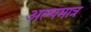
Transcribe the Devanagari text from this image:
अल्पमात्र